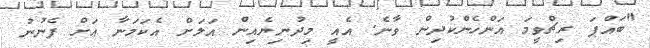
"ބައްޕަ ރިޗްވީމަ އަންހެންކުދިން ވާނެ. އެއީ މިދުނިޔެއިން އަލަށް އެކަމަނާ އަށް ފެނުނު